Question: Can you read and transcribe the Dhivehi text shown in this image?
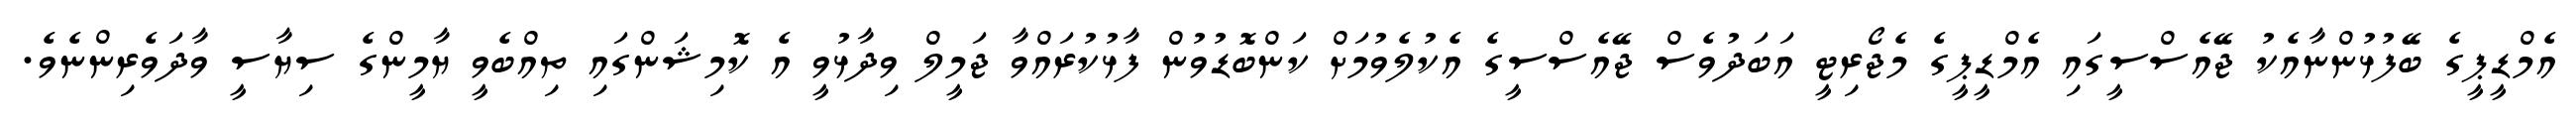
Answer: އެމްޑީޕީގެ ބޭފުޅުންނާއެކު ޖޭއެސްސީގައި އެމްޑީޕީގެ މެޖޯރިޓީ އަބަދުވެސް ޖޭއެސްސީގެ އެކުލެވުމަށް ކަންބޮޑުވުން ފާޅުކުރައްވާ ޖަމީލް ވިދާޅުވީ އެ ކޮމިޝަންގައި ތިއްބެވީ ޔާމީންގެ ސިޔާސީ ވާދަވެރިންނެވެ.